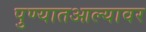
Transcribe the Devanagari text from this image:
पुण्यातआल्यावर